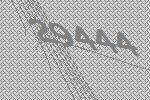
29444